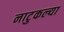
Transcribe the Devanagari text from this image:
नाटुकल्या